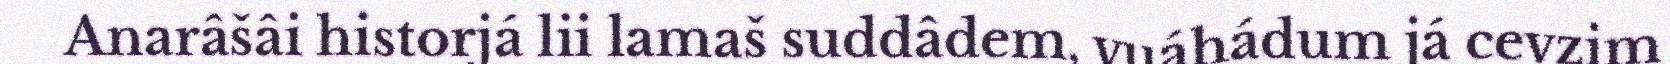
Anarâšâi historjá lii lamaš suddâdem, vuáhádum já cevzim